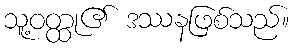
သူ့ဝတ္ထု၏ ဒဿနဖြစ်သည်။